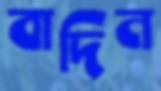
বাদিন